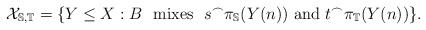
\begin{align*}\mathcal X_{\mathbb S, \mathbb T} = \{Y\leq X : B\ \mbox{ mixes }\ s^{\frown}\pi_{\mathbb S}(Y(n))\mbox{ and } t^{\frown}\pi_{\mathbb T}(Y(n))\}.\end{align*}